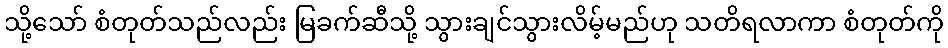
သို့သော် စံတုတ်သည်လည်း မြခက်ဆီသို့ သွားချင်သွားလိမ့်မည်ဟု သတိရလာကာ စံတုတ်ကို